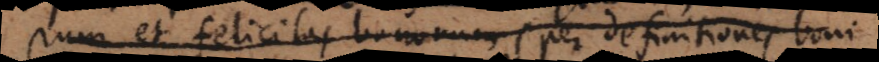
rum et felicitas bonorum (per definitiones boni,